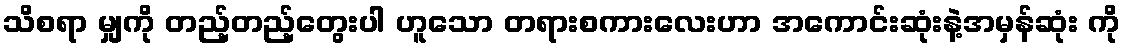
သိစရာ မျှကို တည့်တည့်တွေးပါ ဟူသော တရားစကားလေးဟာ အကောင်းဆုံးနဲ့အမှန်ဆုံး ကို